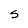
Character: S